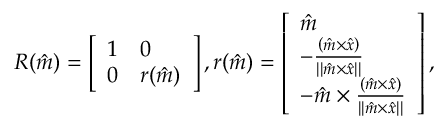
R ( \hat { m } ) = \left[ \begin{array} { l l } { 1 } & { 0 } \\ { 0 } & { r ( \hat { m } ) } \end{array} \right] , r ( \hat { m } ) = \left[ \begin{array} { l } { \hat { m } } \\ { - \frac { \left( \hat { m } \times \hat { x } \right) } { \left| | \hat { m } \times \hat { x } \right| | } } \\ { - \hat { m } \times \frac { \left( \hat { m } \times \hat { x } \right) } { \left| | \hat { m } \times \hat { x } \right| | } } \end{array} \right] ,